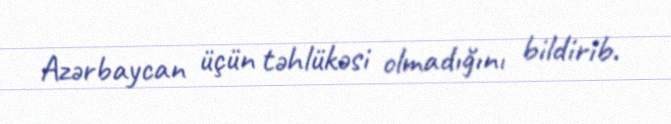
Azərbaycan üçün təhlükəsi olmadığını bildirib.